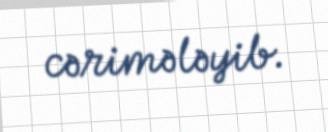
cərimələyib.